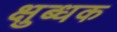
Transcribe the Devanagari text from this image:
क्षुब्धक